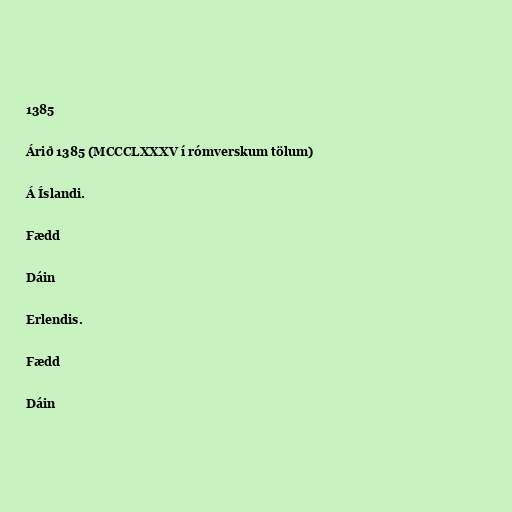
1385

Árið 1385 (MCCCLXXXV í rómverskum tölum)

Á Íslandi.

Fædd

Dáin

Erlendis.

Fædd

Dáin